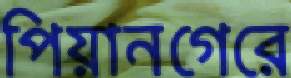
পিয়ানগেরে